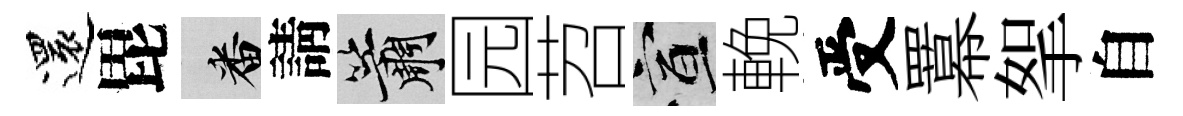
還毘番請簫园苕宣輓受羃挐自